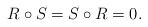
\begin{align*}R\circ S = S\circ R =0.\end{align*}